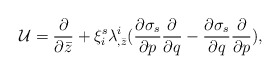
\begin{align*}{\cal U} = {\partial \over \partial \bar z} + \xi^s_i \lambda^i_{,\bar z}({\partial \sigma_s \over \partial p}{\partial \over \partial q} -{\partial \sigma_s \over \partial q}{\partial \over \partial p}),\end{align*}